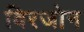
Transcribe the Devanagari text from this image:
विरजोन